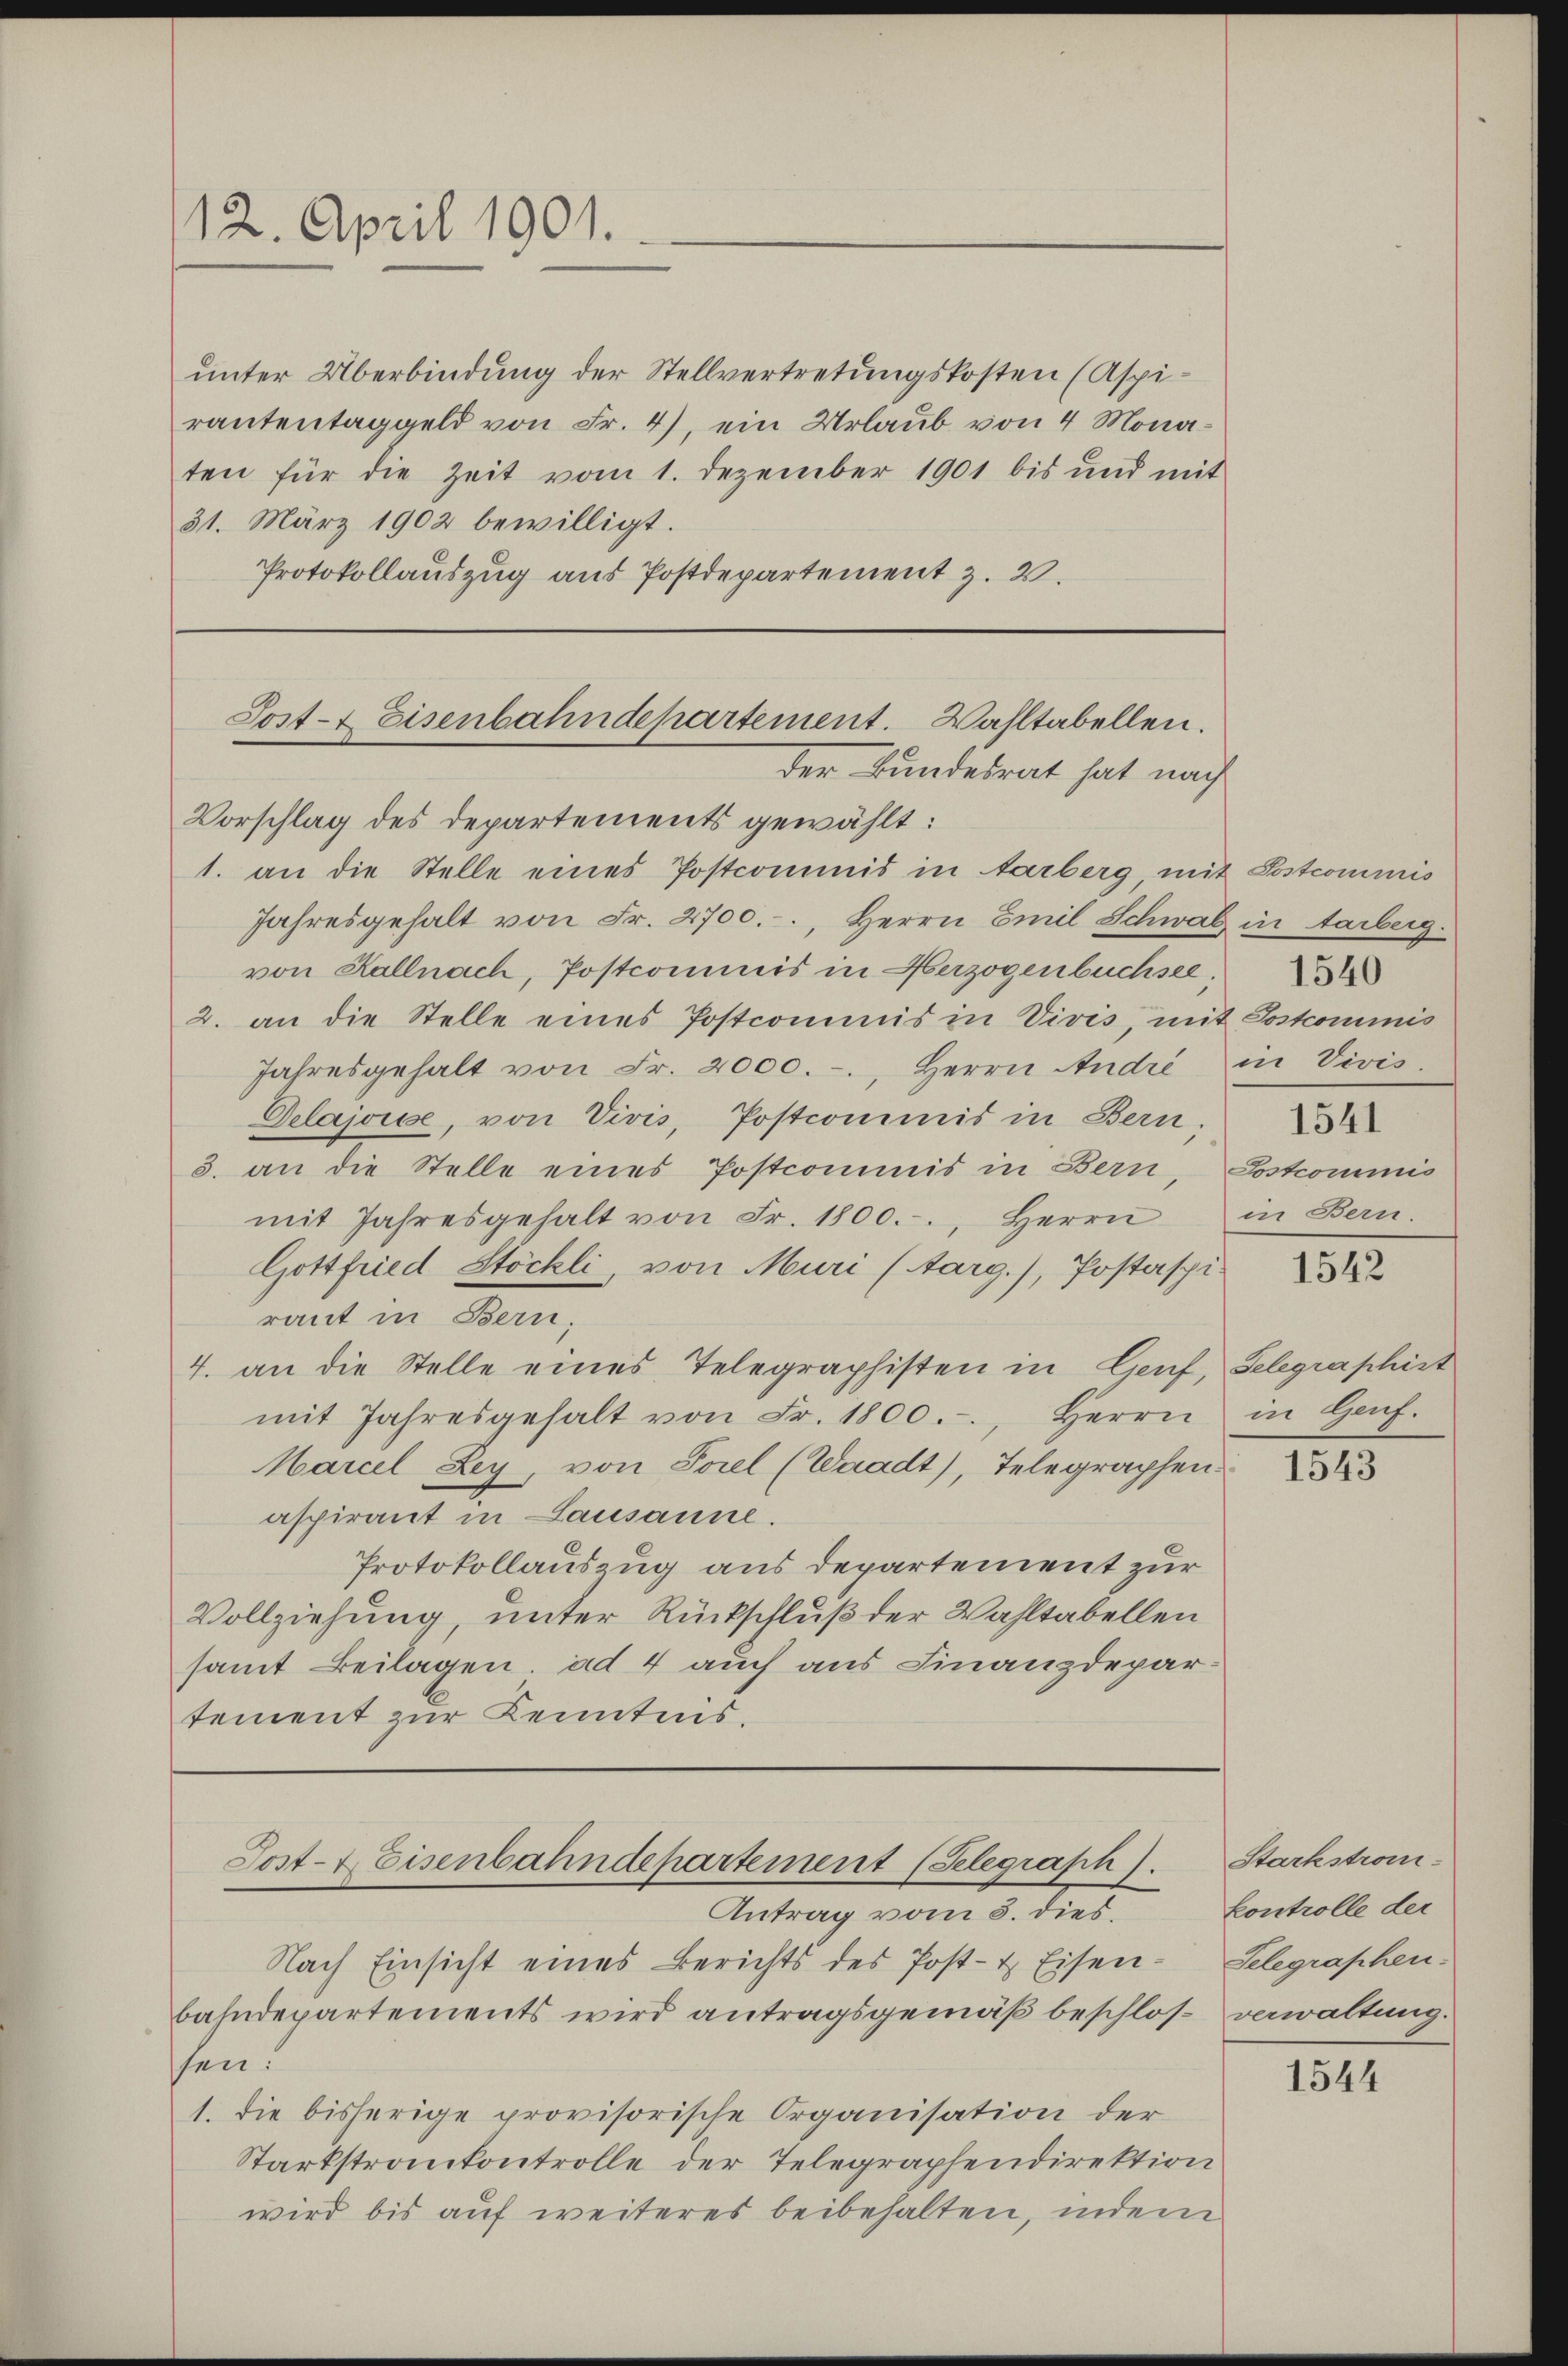
12. April 1901.

unter Überbindung der Stellvertretungskosten (Aspirantentaggeld von Fr. 4), ein Urlaub von 4 Monaten für die Zeit vom 1. Dezember 1901 bis und mit
31. März 1902 bewilligt.
Protokollauszug aus Postdepartement z.

Post- & Eisenbahndepartement. Wahltabellen.
der Bundesrat hat nach

Vorschlag des Departements gewählt:
1. an die Stelle eines Postcommis in arberg, mit Postcommis
Jahresgehalt von Fr. 2700.-, Herrn Emil Schwab in tarberg.
von Kallnach, Postcommis in Herzogenbuchsee
2. an die Stelle eines Postcommis in Vivis, mit Postcommis
Jahresgehalt von Fr. 2000.-, Herrn André in Vivis
Gelajoisse, von Vivis, Postcommis in Bern
3. an die Stelle eines Postcommis in Bern, Postcommis
mit Jahresgehalt von Fr. 1800.-, Herrn in Bern,
Gottfried Stöckli, von Muri (Aarg.), Postaspiraut in Bern,
4. an die Stelle eines Telegraphisten in Genf, Gelegraphist
mit Jahresgehalt von Fr. 1800. Herrn
Marcel Ley, von Sorel (Waadt), Telegraphen
aspirant in Lausanne.
Protokollauszug aus departement zur
Vollziehung, unter Rückschluß der Wahltabellen
samt Beilagen. ad 4 auch aus Finanzdepar-
tement zur Kenntnis.

Post- & Eisenbahndepartement (Selegraph).

Antrag vom 8. dies.
Nach Einsicht eines Berichts des Post- & Eisenbahndepartements wird antragsgemäß beschlos verwaltung.
sen:
1. Die bisherige provisorische Organisation der
Starkstrankontrolle der Telegraphendirektion
wird bis auf weiteres beibehalten, indem

1541

1542

in Genf.

1543

Starkstromkontrolle der
Telegraphen.

1544